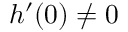
h ^ { \prime } ( 0 ) \neq 0